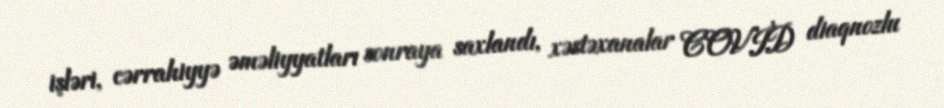
işləri, cərrahiyyə əməliyyatları sonraya saxlandı, xəstəxanalar COVİD diaqnozlu